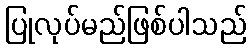
ပြုလုပ်မည်ဖြစ်ပါသည်